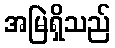
အမြဲရှိသည်